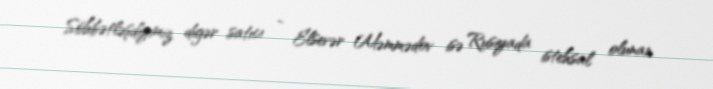
Söhbətləşdiyimiz digər satıcı - Elsevər Məmmədov isə Rusiyada istehsal olunan